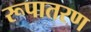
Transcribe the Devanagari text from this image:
रूपातरण